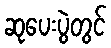
ဆုပေးပွဲတွင်